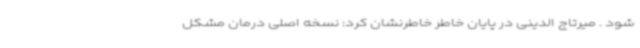
شود . میرتاج الدینی در پایان خاطر خاطرنشان کرد: نسخه اصلی درمان مشکل